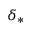
\delta _ { * }